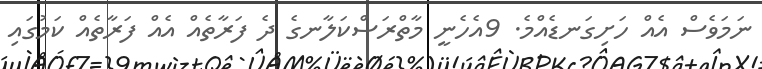
ނަމަވެސް އެއް ހަށިގަނޑެއްމެ. 9އެހެނީ މާތްރަސްކަލާނގެ ދެ ފަރާތެއް އެއް ފަރާތެއް ކަމުގައި